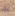
له